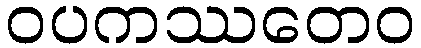
ဝပကဿတေဝ